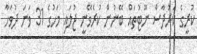
ކުރީގެ ކަރުދާސް ނޫޓުތައް ބޭނުން ކުރެވޭނީ ޖުލައި މަހުގެ 31 ވަނަ ދުވަހާ